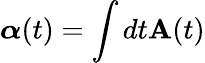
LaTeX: \boldsymbol{\alpha}(t)=\int dt\mathbf{A}(t)